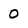
Character: 0